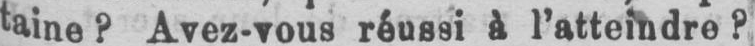
taine? Avez-vous réussi à l’atteindre?